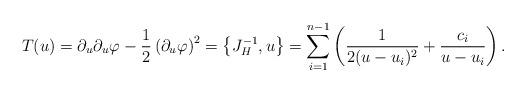
LaTeX: \begin{align*}T(u)=\partial_u\partial_u\varphi-{1\over 2}\left(\partial_u\varphi\right)^2=\left\{J_H^{-1},u\right\}=\sum_{i=1}^{n-1}\left({1\over 2(u-u_i)^2}+{c_i\over u-u_i}\right).\end{align*}